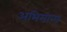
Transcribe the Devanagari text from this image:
अभिमान्य